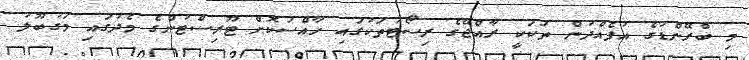
މި ބްރޭންޑުގެ އުފެއްދުން ތަކަކީ ރާއްޖޭގެ ރިސޯޓުތަކުގައި ހާއްސަކޮށް ޓޫރިސްޓުންގެ މެދުގައި މަގުބޫލު